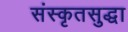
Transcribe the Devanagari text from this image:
संस्कृतसुद्धा